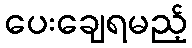
ပေးချေရမည့်